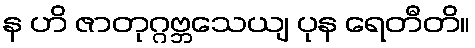
န ဟိ ဇာတုဂ္ဂဗ္ဘသေယျ ပုန ရေတီတိ။